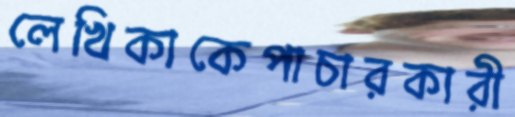
লেখিকাকেপাচারকারী